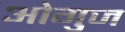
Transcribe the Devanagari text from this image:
ओगुज